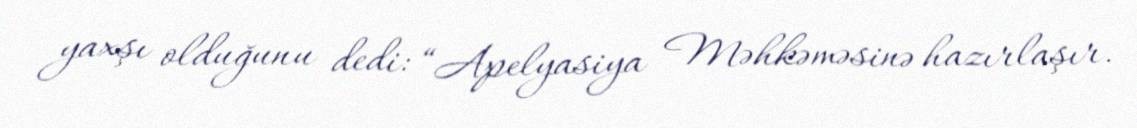
yaxşı olduğunu dedi: “Apelyasiya Məhkəməsinə hazırlaşır.